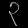
Digit: ၃